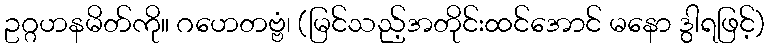
ဥဂ္ဂဟနမိတ်ကို။ ဂဟေတဗ္ဗံ၊ (မြင်သည့်အတိုင်းထင်အောင် မနော ဒွါရဖြင့်)